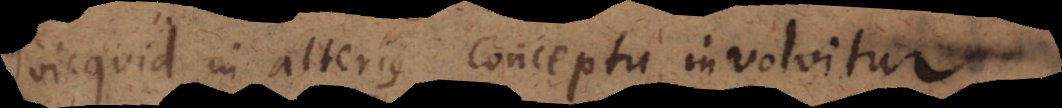
Quicquid in alterius conceptu involvitur